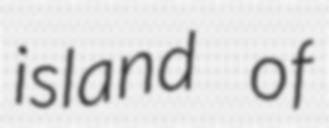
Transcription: island of